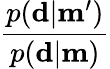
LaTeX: \frac{p(\mathbf{d}|\mathbf{m^{\prime}})}{p(\mathbf{d}|\mathbf{m})}